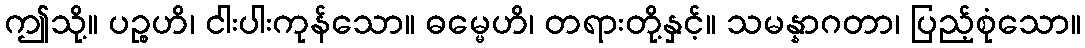
ဤသို့။ ပဉ္စဟိ၊ ငါးပါးကုန်သော။ ဓမ္မေဟိ၊ တရားတို့နှင့်။ သမန္နာဂတာ၊ ပြည့်စုံသော။